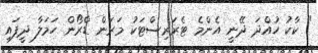
" ކާކު ހުއްދަ ދޭނީ އެންމެ ޓެރަރިސްޓަކު މަރަން ޑްރޯން ހަމަލާ ދީފައި